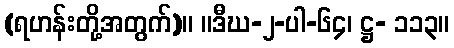
(ရဟန်းတို့အတွက်)။ ။ဒီဃ-၂-ပါ-၆၄၊ ဋ္ဌ- ၁၁၃။